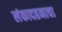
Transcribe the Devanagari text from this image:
लंकादहनाचा